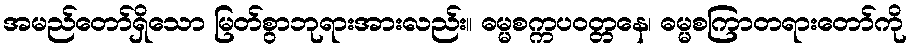
အမည်တော်ရှိသော မြတ်စွာဘုရားအားလည်း။ ဓမ္မစက္ကပဝတ္တနေ၊ ဓမ္မစကြာတရားတော်ကို